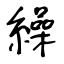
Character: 繰